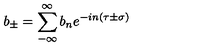
b _ { \pm } = \sum _ { - \infty } ^ { \infty } b _ { n } e ^ { - i n \left( \tau \pm \sigma \right) }